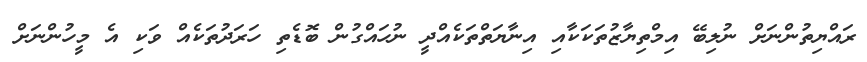
ރައްޔިތުންނަށް ނުލިބޭ އިމްތިޔާޒުތަކަކާއި އިނާޔަތްތަކެއްދީ ނުހައްގުން ބޮޑެތި ހަރަދުތަކެއް ވަކި އެ މީހުންނަށް